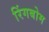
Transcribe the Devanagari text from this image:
रिंगबोम